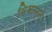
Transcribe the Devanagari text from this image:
विभान्न